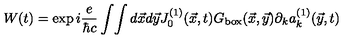
W ( t ) = \exp i { \frac { e } { \hbar c } } \int \! \int d \vec { x } d \vec { y } J _ { 0 } ^ { ( 1 ) } ( \vec { x } , t ) G _ { \mathrm { b o x } } ( \vec { x } , \vec { y } ) \partial _ { k } a _ { k } ^ { ( 1 ) } ( \vec { y } , t )